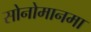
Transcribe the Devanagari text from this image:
सोनोमानमा